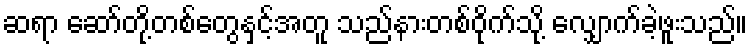
ဆရာ ဆော်တို့တစ်တွေနှင့်အတူ သည်နားတစ်ဝိုက်သို့ လျှောက်ခဲ့ဖူးသည်။